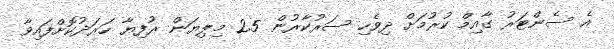
އެ ސެންޓަރު ގާއިމް ކުރުމަށް ދިވެހި ސަރުކާރުން 2.5 މިލިޔަން ރުފިޔާ ހަރަދުކޮށްފައިވާ